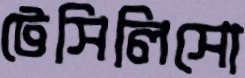
টেসিলিসো